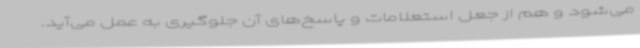
می‌شود و هم از جعل استعلامات و پاسخ‌های آن جلوگیری به عمل می‌آید.